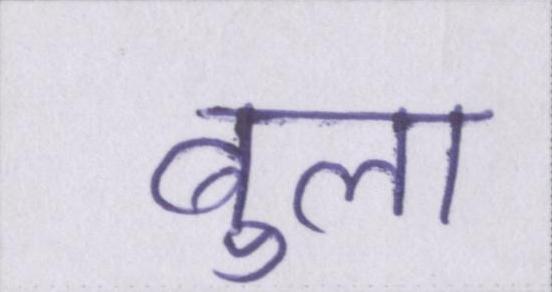
बुला